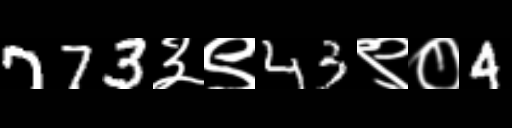
Text: 773३९43९०4